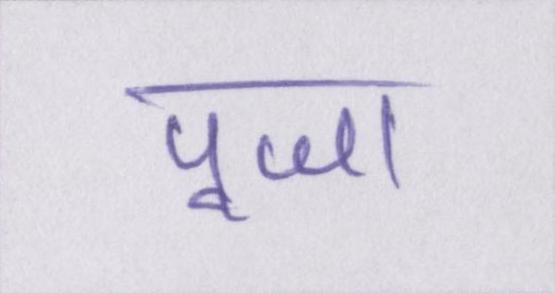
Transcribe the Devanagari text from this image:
पूजा